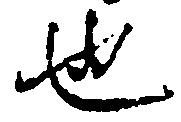
也